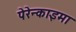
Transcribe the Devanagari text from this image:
पेरेन्काइमा